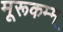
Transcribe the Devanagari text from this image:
मूरूकम्म्